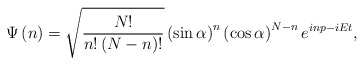
\begin{align*}\Psi \left( n\right) =\sqrt{\frac{N!}{n!\left( N-n\right) !}}\left( \sin\alpha \right) ^{n}\left( \cos \alpha \right) ^{N-n}e^{inp-iEt},\end{align*}